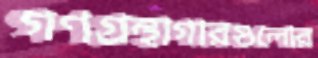
গণগ্রন্থাগারগুলোর